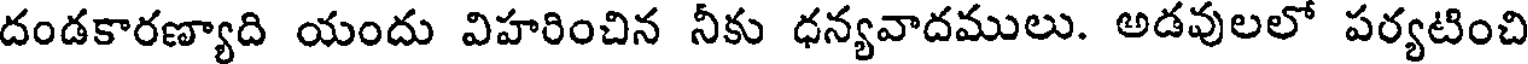
దండకారణ్యాది యందు విహరించిన నీకు ధన్యవాదములు. అడవులలో పర్యటించి